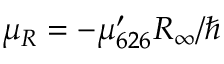
\mu _ { R } = - \mu _ { 6 2 6 } ^ { \prime } R _ { \infty } / \hbar